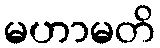
မဟာမတိ